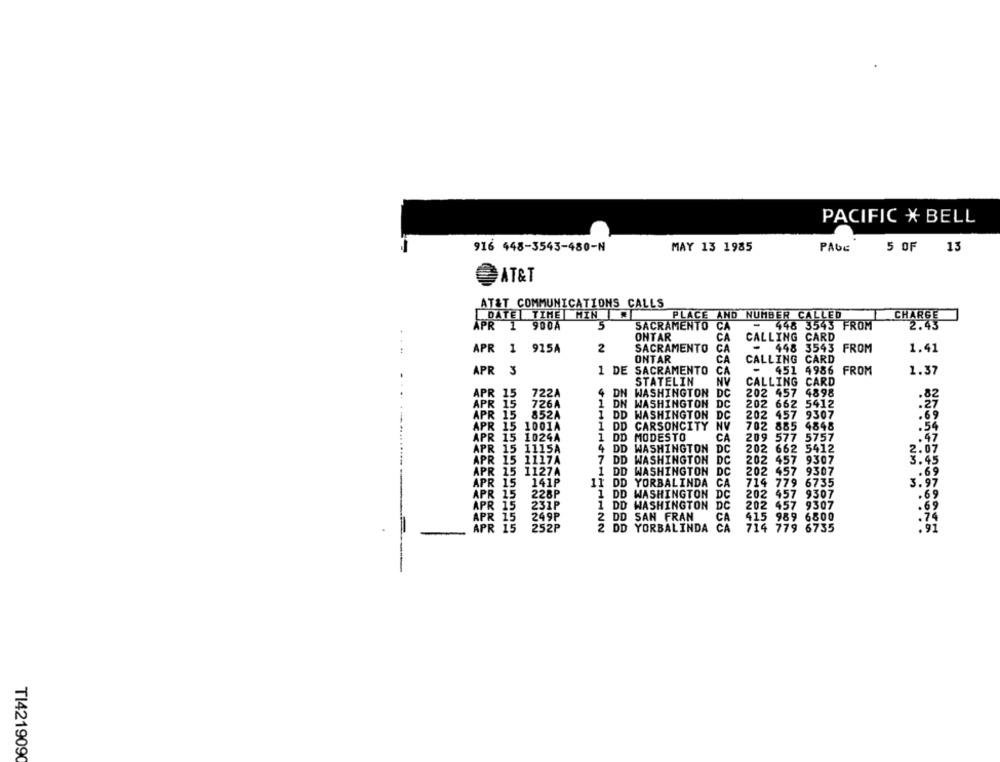
PACIFIC X BELL
916 448-3543-480-N
MAY 13 1985
PAGE
5 OF 13
AT&T
AT&T COMMUNICATIONS CALLS
DATE TIME HIN
SACRAMENTS AND NUMBER CALLED
CHARGE
APR
900A
5
CA
448 3543 FROM
2.43
ONTAR
CA
CALLING CARD
APR
1 915A
2
SACRAMENTO
CA
-
448 3543 FROM
1.41
ONTAR
CA
CARD
CALLING
APR
3
1 DE SACRAMENTO
CA
451
4986 FROM
1.37
STATELIN
CALLING
CARD
APR 15
722A
4 DN WASHINGTON DC
202 457
4898
APR 15
726A
1 DN WASHINGTON DC
202 662
5412
APR 15
852A
1 DD WASHINGTON DC
202 457 9307
.69
APR 15
1001A
1 DD CARSONCITY
NV
702 885 4848
.54
APR 15
1024A
1 DD MODESTO
CA
209 577 5757
.47
APR 15
1115A
4 DD WASHINGTON
DC
202 662 5412
2.07
APR 15
1117A
7 DD WASHINGTON DC
202 457 9307
3.45
APR 15
1127A
1 DD WASHINGTON DC
202 457 9307
.. 69
141P
APR 15
11 DD YORBALINDA CA
714 779 6735
3.97
APR 15
228P
1 DD WASHINGTON DC
202 457 9307
.69
APR 15
231P
1 DD WASHINGTON DC
202 457 9307
.69
APR 15
249P
2 DD SAN FRAN
CA
415 989 6800
APR 15
252P
2 DD YORBALINDA CA
714 779 6735
-
TI421909